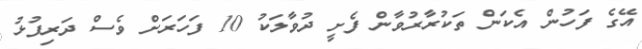
އޭގެ ފަހުން އެކަން ތަކުރާރުވާން ފެށީ ދުވާލަކު 10 ފަހަރަށް ވެސް ދަރިފުޅު